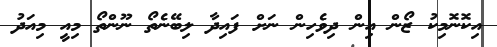
އިކޮނޮމިކު ޒޯން އިން ދިވެހިން ނަށް ފައިދާ ލިބޭނެތޯ ނޫންތޯ މިއީ މިއަދު